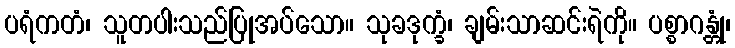
ပရံကတံ၊ သူတပါးသည်ပြုအပ်သော။ သုခဒုက္ခံ၊ ချမ်းသာဆင်းရဲကို။ ပစ္စာဂန္တုံ၊